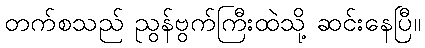
တက်စသည် ညွန်ဗွက်ကြီးထဲသို့ ဆင်းနေပြီ။